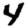
Digit: 4